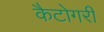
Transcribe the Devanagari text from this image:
कैटोगरी